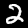
Digit: 2